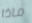
ماذا